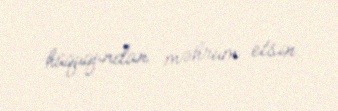
hüququndan məhrum etsin.